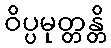
ဝိပ္ပမုတ္တန္တိ